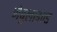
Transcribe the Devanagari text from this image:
नेबुलाइज्ड